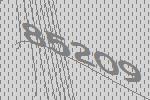
85209